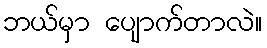
ဘယ်မှာ ပျောက်တာလဲ။